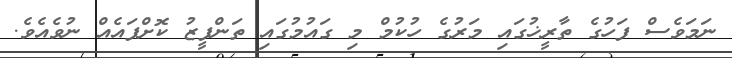
ނަމަވެސް ފަހުގެ ތާރީޚުގައި މަރުގެ ހުކުމް މި ގައުމުގައި ތަންފީޒު ކޮށްފައެއް ނުވެއެވެ.